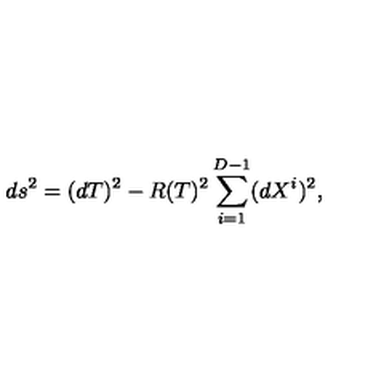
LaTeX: d s ^ { 2 } = ( d T ) ^ { 2 } - R ( T ) ^ { 2 } \sum _ { i = 1 } ^ { D - 1 } ( d X ^ { i } ) ^ { 2 } ,